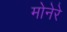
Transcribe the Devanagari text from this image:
मोनेरे